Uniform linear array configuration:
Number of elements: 4
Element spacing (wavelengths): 1
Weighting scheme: hamming
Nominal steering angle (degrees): -60
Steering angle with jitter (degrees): -58.147
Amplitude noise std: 0.05
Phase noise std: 0.05

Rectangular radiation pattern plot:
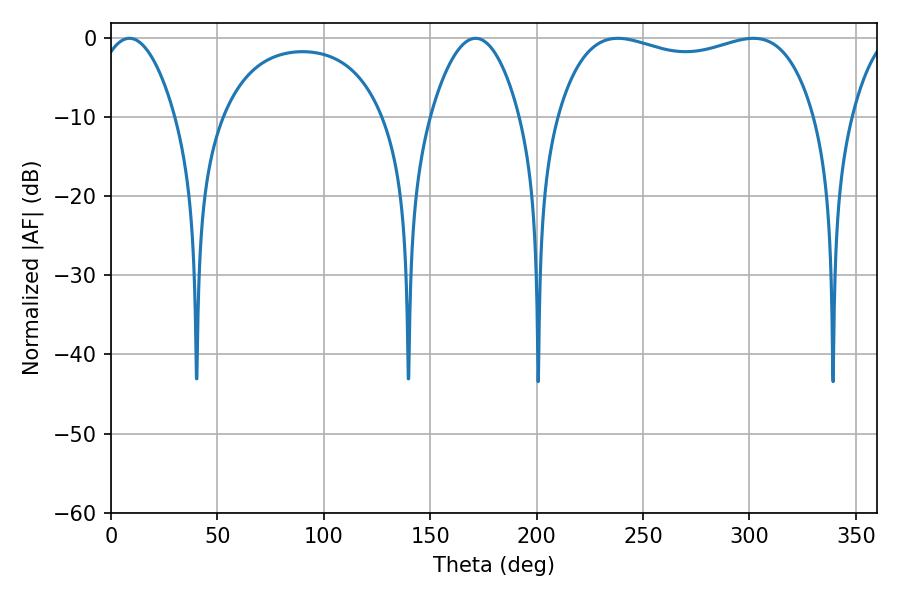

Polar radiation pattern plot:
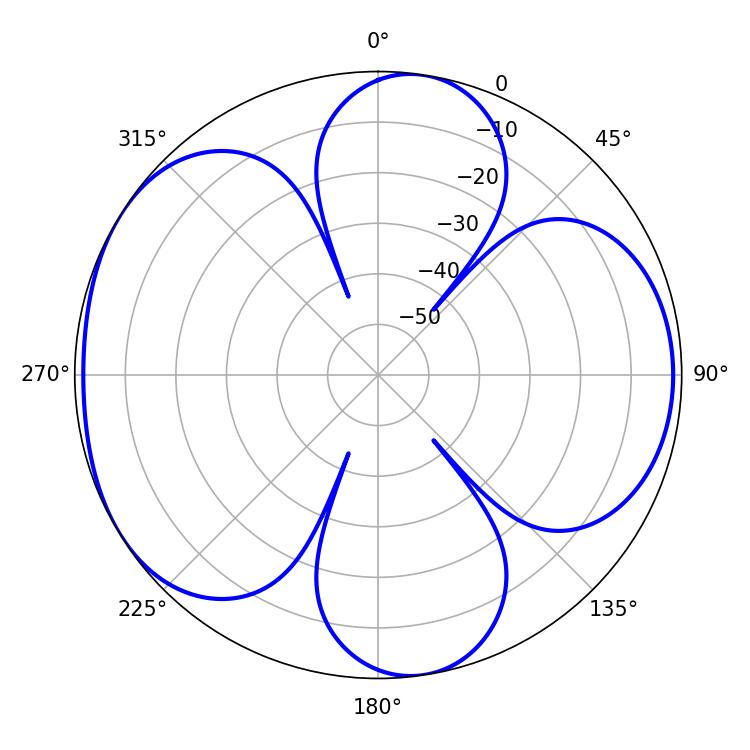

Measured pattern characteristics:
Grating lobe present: TRUE
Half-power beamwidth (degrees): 98.64
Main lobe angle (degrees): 238.14